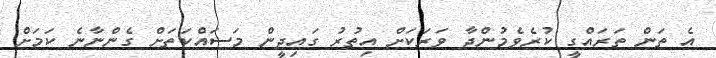
އެ ތަން ތަރައްގީ ކުރެވެމުންދާ ވަރަކަށް އިތުރު ގައިދީން މަސައްކަތަށް ގެންނާނެ ކަމަށް